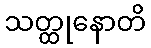
သတ္ထုနောတိ